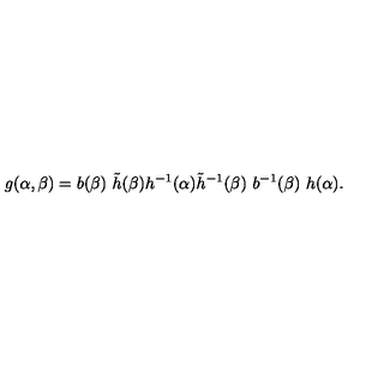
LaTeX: g ( \alpha , \beta ) = b ( \beta ) \ \tilde { h } ( \beta ) h ^ { - 1 } ( \alpha ) \tilde { h } ^ { - 1 } ( \beta ) \ b ^ { - 1 } ( \beta ) \ h ( \alpha ) .